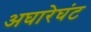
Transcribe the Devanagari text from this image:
अघारेघंट